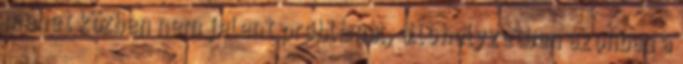
menet közben nem jelent problémát, álló helyzetben azonban a